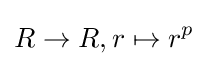
R\to R,r\mapsto r^{p}